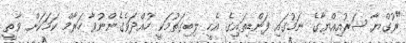
"ރުގްޔާ ޝަރުއިއްޔާގެ ނަމުގައި ފަންޑިތައިގެ އެހީ ލިބިގަތުމަކީ ހުއްދަވެގެންނުވާ ހަރާމް ކަމަކަށް ވާތީ